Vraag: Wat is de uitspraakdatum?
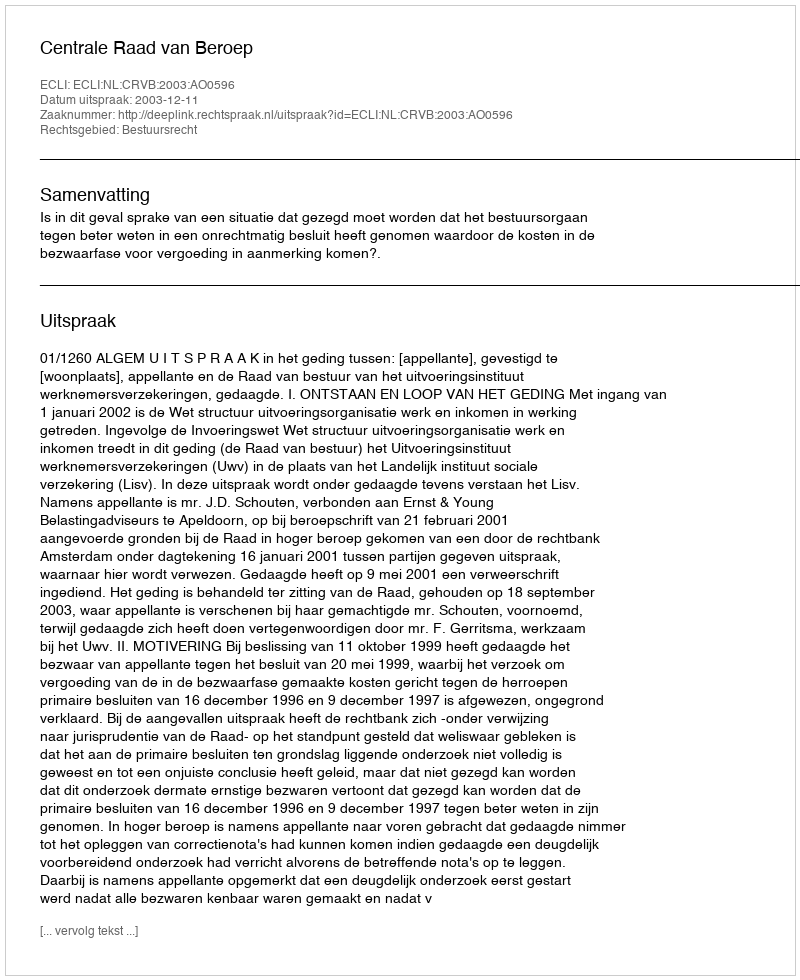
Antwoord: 2003-12-11